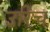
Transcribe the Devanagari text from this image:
उरिच